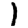
Digit: 1